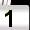
Digit: 1